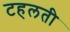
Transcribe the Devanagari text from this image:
टहलती